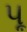
પૂ